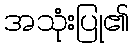
အသုံးပြု၏